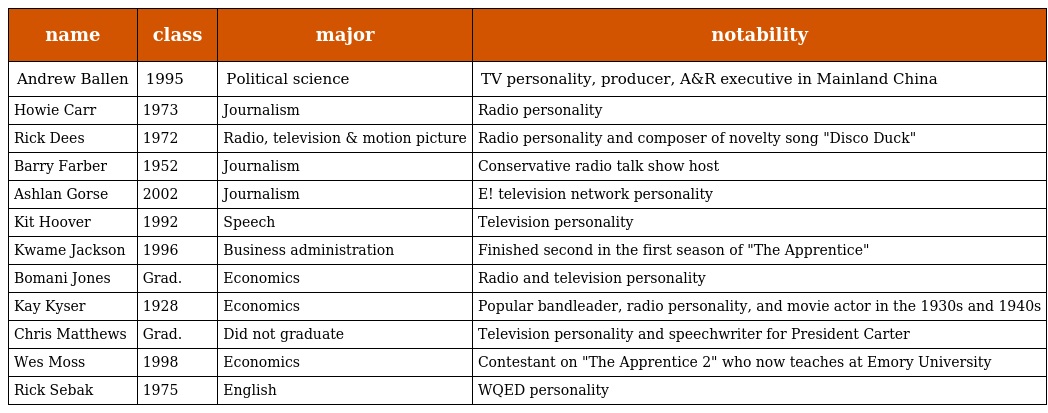
| name | class | major | notability |
 | --- | --- | --- | --- |
 | Andrew Ballen | 1995 | Political science | TV personality, producer, A&R executive in Mainland China |
 | Howie Carr | 1973 | Journalism | Radio personality |
 | Rick Dees | 1972 | Radio, television & motion picture | Radio personality and composer of novelty song "Disco Duck" |
 | Barry Farber | 1952 | Journalism | Conservative radio talk show host |
 | Ashlan Gorse | 2002 | Journalism | E! television network personality |
 | Kit Hoover | 1992 | Speech | Television personality |
 | Kwame Jackson | 1996 | Business administration | Finished second in the first season of "The Apprentice" |
 | Bomani Jones | Grad. | Economics | Radio and television personality |
 | Kay Kyser | 1928 | Economics | Popular bandleader, radio personality, and movie actor in the 1930s and 1940s |
 | Chris Matthews | Grad. | Did not graduate | Television personality and speechwriter for President Carter |
 | Wes Moss | 1998 | Economics | Contestant on "The Apprentice 2" who now teaches at Emory University |
 | Rick Sebak | 1975 | English | WQED personality |